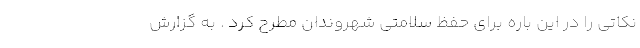
نکاتی را در این باره برای حفظ سلامتی شهروندان مطرح کرد . به گزارش